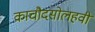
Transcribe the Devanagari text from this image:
काचौदसोलहवीं